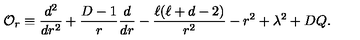
{ \cal O } _ { r } \equiv \frac { d ^ { 2 } } { d r ^ { 2 } } + \frac { D - 1 } { r } \frac { d } { d r } - \frac { \ell ( \ell + d - 2 ) } { r ^ { 2 } } - r ^ { 2 } + \lambda ^ { 2 } + D Q .